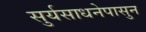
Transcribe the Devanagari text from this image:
सुर्यसाधनेपासुन